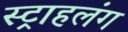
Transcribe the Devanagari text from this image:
स्‍ट्राहलंग